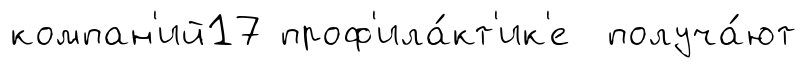
компан'ий17 проф'ила́кт'ик'е получа́ют